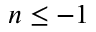
n \le - 1